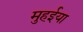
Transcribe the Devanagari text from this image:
मुहईया